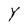
Character: Y